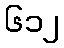
၆၁၂